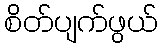
စိတ်ပျက်ဖွယ်